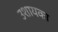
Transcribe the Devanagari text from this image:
उशायका